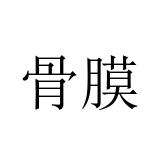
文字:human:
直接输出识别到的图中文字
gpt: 骨膜